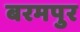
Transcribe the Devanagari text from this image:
बरमपुर